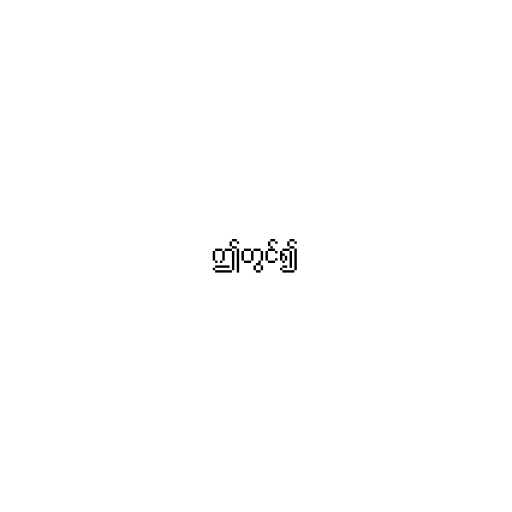
ဤတွင်၍